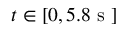
t \in [ 0 , 5 . 8 \mathrm { ~ s ~ } ]